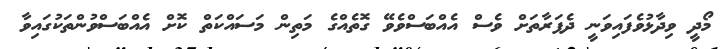
މޯދީ ވިދާޅުވެފައިވަނީ ދެފަރާތަށް ވެސް އެއްބަސްވެވޭ ގޮތެއްގެ މަތިން މަސައްކަތް ކޮށް އެއްބަސްވުންތަކުގައިވާ